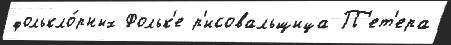
фолькло́рных Фольк'е р'исовальщица П'ет'ера